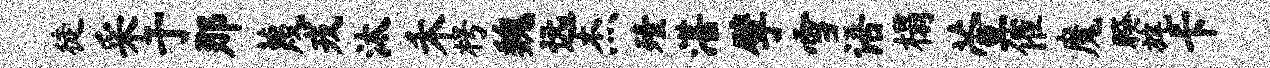
徒采于那蔑戎汰禾枵魏远杰殪湛擘雪语榻萱催魔睽旄卡